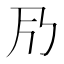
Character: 𠂏